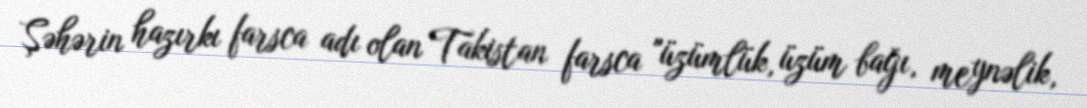
Şəhərin hazırkı farsca adı olan Takistan farsca "üzümlük, üzüm bağı, meynəlik,